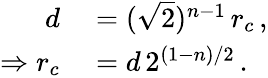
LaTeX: \begin{array}{rl}{d}&{{}=(\sqrt{2})^{n-1}\, r_{c}\, ,}\\ {\Rightarrow r_{c}}&{{}=d\, 2^{(1-n)/2}\, .}\end{array}